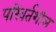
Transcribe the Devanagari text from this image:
परिवर्तशील